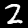
Digit: 2